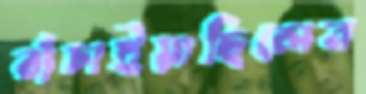
বাঁচাইয়াছিলেন